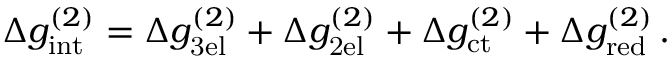
\Delta g _ { \mathrm { i n t } } ^ { ( 2 ) } = \Delta g _ { \mathrm { 3 e l } } ^ { ( 2 ) } + \Delta g _ { \mathrm { 2 e l } } ^ { ( 2 ) } + \Delta g _ { \mathrm { c t } } ^ { ( 2 ) } + \Delta g _ { \mathrm { r e d } } ^ { ( 2 ) } \, .